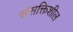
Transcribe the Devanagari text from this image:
संसक्तिशील